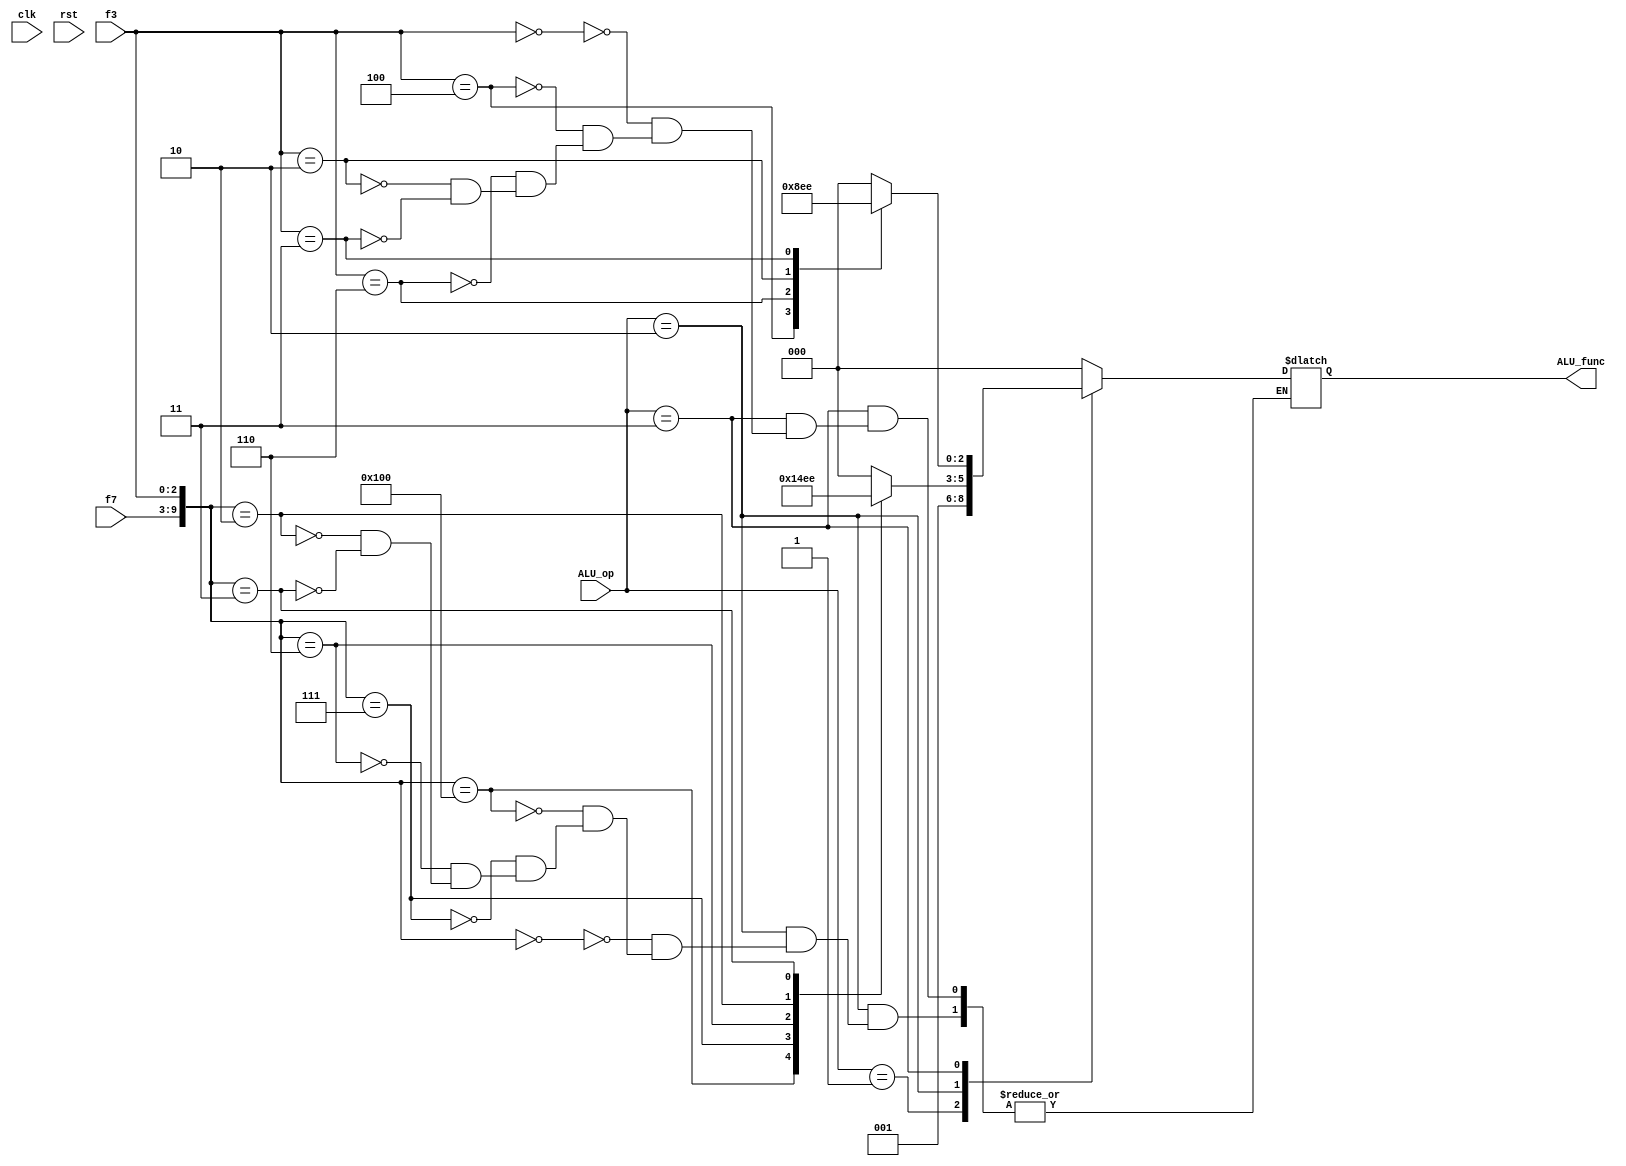
// ALU_op codes
`define ADD_ANYWAY 2'b00
`define SUB_ANYWAY 2'b01
`define R_TYPE 2'b10
`define I_TYPE 2'b11

// ALU_func codes
`define ADD_FUNC 3'b000
`define SUB_FUNC 3'b001
`define AND_FUNC 3'b010
`define OR_FUNC 3'b011
`define XOR_FUNC 3'b100
`define SLT_FUNC 3'b101
`define SLTU_FUNC 3'b110


module ALUDecoder(
    clk, rst, ALU_op, f3, f7,
    ALU_func
);
    input clk, rst;
    input [1:0] ALU_op;
    input [2:0] f3;
    input [6:0] f7;

    output [2:0] ALU_func;
    reg [2:0] ALU_func = `ADD_FUNC;

    always @(ALU_op, f3, f7) begin
        case (ALU_op)
            
            `ADD_ANYWAY: ALU_func = `ADD_FUNC;
            `SUB_ANYWAY: ALU_func = `SUB_FUNC;
            
            `R_TYPE: begin
                case ({f7, f3})
                    10'b0000000_000: ALU_func = `ADD_FUNC;
                    10'b0100000_000: ALU_func = `SUB_FUNC;
                    10'b0000000_111: ALU_func = `AND_FUNC;
                    10'b0000000_110: ALU_func = `OR_FUNC;
                    10'b0000000_010: ALU_func = `SLT_FUNC;
                    10'b0000000_011: ALU_func = `SLTU_FUNC;
                    default: ALU_func = ALU_func;
                endcase
            end

            `I_TYPE: begin
                case (f3)
                    3'b000: ALU_func = `ADD_FUNC;
                    3'b100: ALU_func = `XOR_FUNC;
                    3'b110: ALU_func = `OR_FUNC;
                    3'b010: ALU_func = `SLT_FUNC;
                    3'b011: ALU_func = `SLTU_FUNC;
                    default: ALU_func = ALU_func;
                endcase 
            end

            default: ALU_func = `ADD_FUNC;
        endcase
    end
endmodule